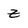
Character: z